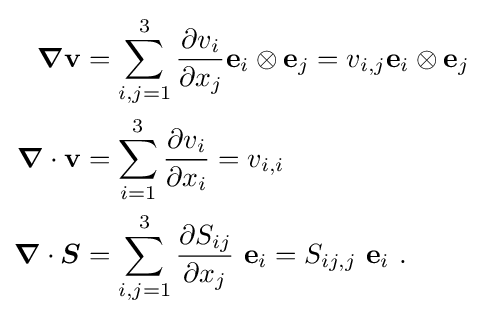
{\begin{aligned}{\boldsymbol {\nabla }}\mathbf {v} &=\sum _{i,j=1}^{3}{\frac {\partial v_{i}}{\partial x_{j}}}\mathbf {e} _{i}\otimes \mathbf {e} _{j}=v_{i,j}\mathbf {e} _{i}\otimes \mathbf {e} _{j}\\{\boldsymbol {\nabla }}\cdot \mathbf {v} &=\sum _{i=1}^{3}{\frac {\partial v_{i}}{\partial x_{i}}}=v_{i,i}\\{\boldsymbol {\nabla }}\cdot {\boldsymbol {S}}&=\sum _{i,j=1}^{3}{\frac {\partial S_{ij}}{\partial x_{j}}}~\mathbf {e} _{i}=S_{ij,j}~\mathbf {e} _{i}~.\end{aligned}}